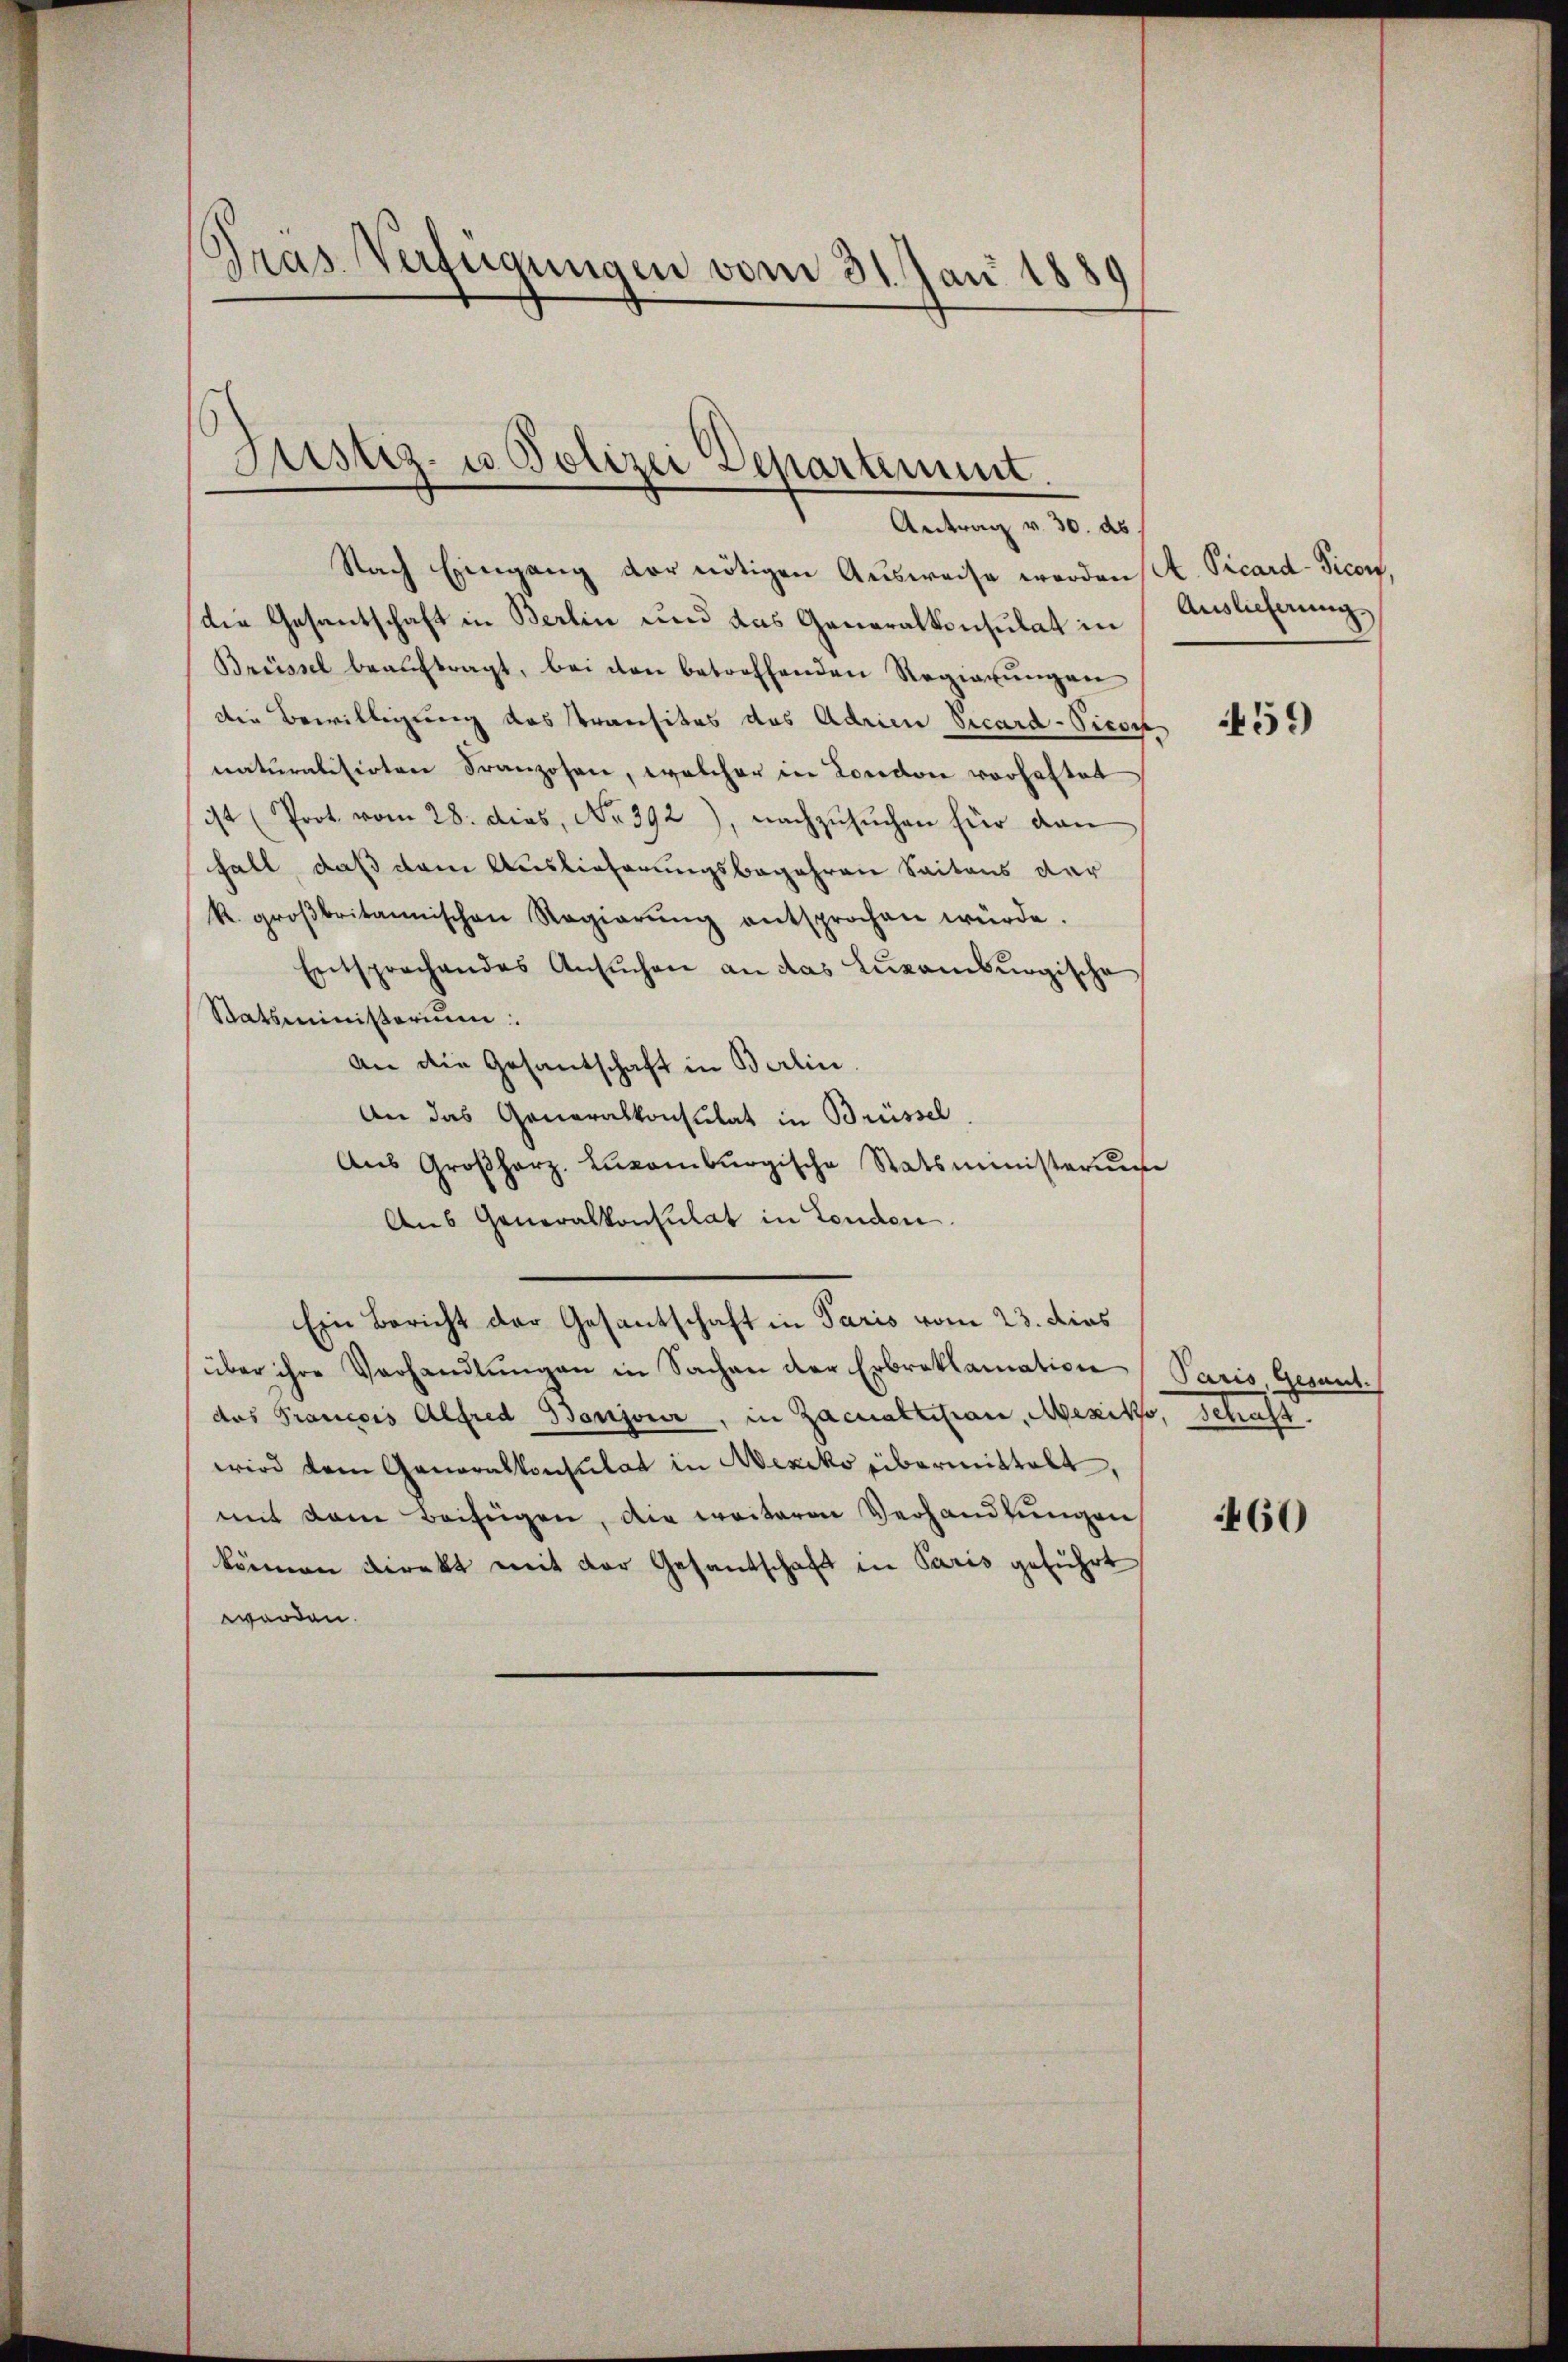
Gras Verfügungen vom 31. Jan 1889

Justiz- u. Polizei Departement.
Antrag v. 30. ds.

Nach Eingang der nötigen Aŭsweise werden A. Vicard-Picon,
die Gesantschaft in Berlin und das Generalkonsulat in
Brüssel beauftragt, bei den betreffenden Regierŭngen
die Bewilligung das Transitas das Adrien Vicard-Picos
naturalisirten Franzosen, welcher in London vorhaftet
ist (Prot. vom 28. dies, No. 392), nachzŭsŭchen für dan
fall, daß dem Auslieferungsbegehren Seitens der
R. groβbritannischen Regierŭng entsprochen würde.
Entsprechendes Ansŭchen an das Lŭxamburgische
Statsministorium
an die Gesantschaft in Berlin.
An das Generalkonsulat in Brüssel.
Aus Großherz. Laromburgische Statsministerunge
Aus Generalkonsulat in Tenden.
Ein Bericht der Gesantschaft in Paris vom 23. dies
über ihre Verhandlungen in Sachen der Erbreklamation (Paris, Gesanddas Francois Alfred Boujour, in Zacualtikon, Mexiko, Schaft.
wird dem Generalkonsulat in Mexiko übermittelt,
mit dem Beifügen, die weiteren Verhandlungen
können Direkt mit der Gesandschaft in Paris geführt
werden.

Auslieferung

459

460